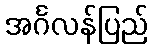
အင်္ဂလန်ပြည်